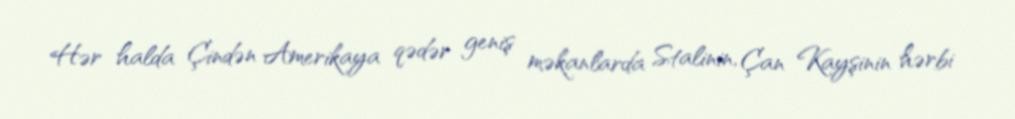
Hər halda Çindən Amerikaya qədər geniş məkanlarda Stalinin, Çan Kayşinin hərbi